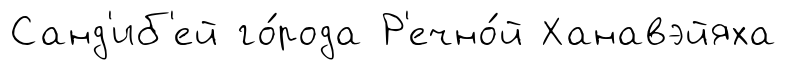
Санд'иб'ей го́рода Р'ечно́й Ханавэйяха